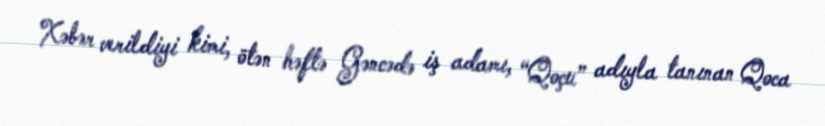
Xəbər verildiyi kimi, ötən həftə Gəncədə iş adamı, “Qoçu” adıyla tanınan Qoca